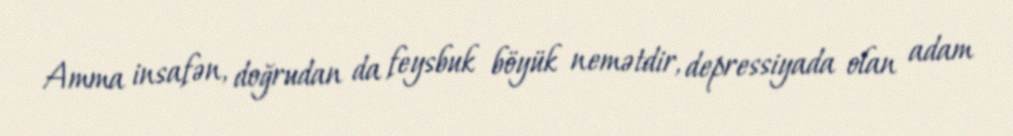
Amma insafən, doğrudan da feysbuk böyük nemətdir, depressiyada olan adam